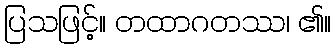
ပြသဖြင့်။ တထာဂတဿ၊ ၏။